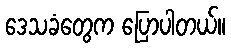
ဒေသခံတွေက ပြောပါတယ်။